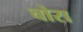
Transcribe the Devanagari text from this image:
चोरा